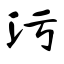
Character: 污